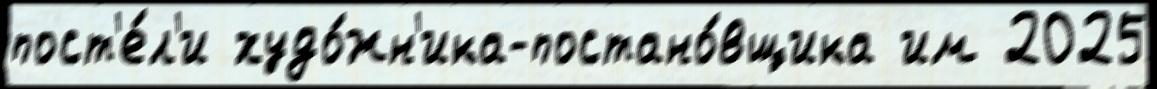
пост'е́л'и худо́жн'ика-постано́вщика им 2025